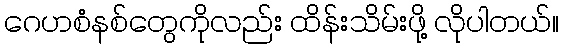
ဂေဟစံနစ်တွေကိုလည်း ထိန်းသိမ်းဖို့ လိုပါတယ်။